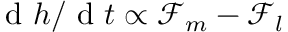
\textrm { d } h / \textrm { d } t \propto \mathcal { F } _ { m } - \mathcal { F } _ { l }